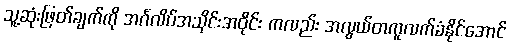
သူ့ဆုံးဖြတ်ချက်ကို အင်္ဂလိပ်အသိုင်းအဝိုင်း ကလည်း အလွယ်တကူလက်ခံနိုင်အောင်